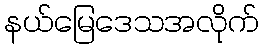
နယ်မြေဒေသအလိုက်